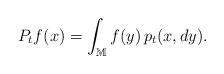
LaTeX: \begin{align*} P_t f (x) = \int_{\mathbb{M}} f(y) \, p_t(x,dy). \end{align*}